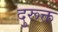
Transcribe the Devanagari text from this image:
दुरूक्त